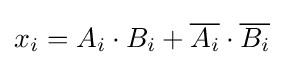
x_{i}=A_{i}\cdot B_{i}+{\overline {A_{i}}}\cdot {\overline {B_{i}}}